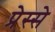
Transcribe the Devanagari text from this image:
प्रेस्से